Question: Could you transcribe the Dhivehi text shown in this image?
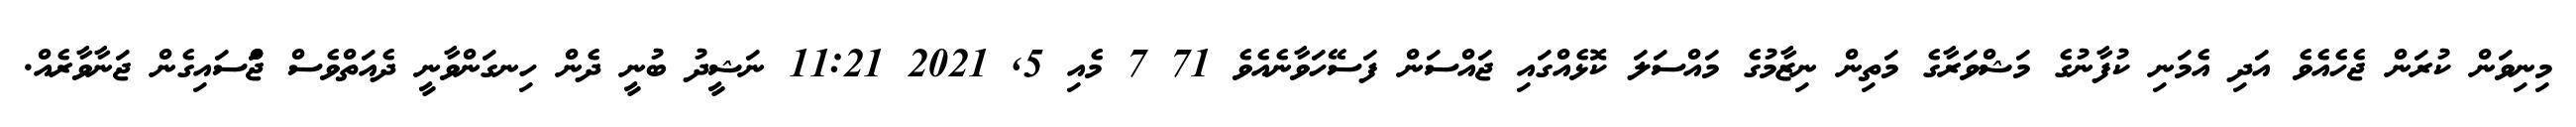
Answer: މިނިވަން ކުރަން ޖެހެއެވެ އަދި އެމަނި ކުފާނުގެ މަޝްވަރާގެ މަތިން ނިޒާމުގެ މައްސަލަ ކޮޅެއްގައި ޖައްސަން ފަސޭހަވާނެއެވެ 71 7 މެއި 5, 2021 11:21 ނަޝީދު ބުނީ ދެން ހިނގަންވާނީ ދެއަތްވެސް ޖަްްސައިގެން ޖަނާވާރެއް.